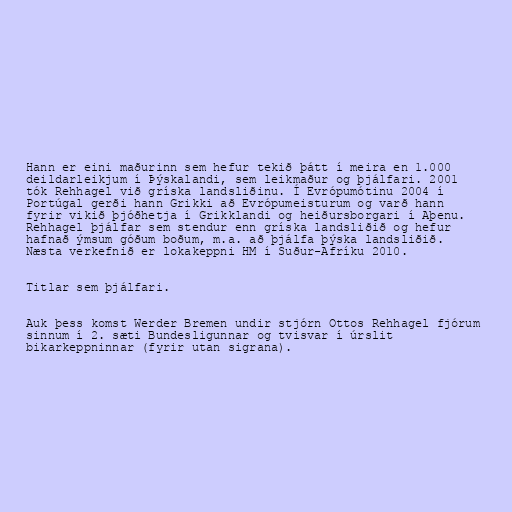
Hann er eini maðurinn sem hefur tekið þátt í meira en 1.000
deildarleikjum í Þýskalandi, sem leikmaður og þjálfari. 2001
tók Rehhagel við gríska landsliðinu. Í Evrópumótinu 2004 í
Portúgal gerði hann Grikki að Evrópumeisturum og varð hann
fyrir vikið þjóðhetja í Grikklandi og heiðursborgari í Aþenu.
Rehhagel þjálfar sem stendur enn gríska landsliðið og hefur
hafnað ýmsum góðum boðum, m.a. að þjálfa þýska landsliðið.
Næsta verkefnið er lokakeppni HM í Suður-Afríku 2010.

Titlar sem þjálfari.

Auk þess komst Werder Bremen undir stjórn Ottos Rehhagel fjórum
sinnum í 2. sæti Bundesligunnar og tvisvar í úrslit
bikarkeppninnar (fyrir utan sigrana).